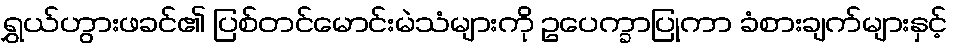
ရွှယ်ဟွားဖခင်၏ ပြစ်တင်မောင်းမဲသံများကို ဥပေက္ခာပြုကာ ခံစားချက်များနှင့်